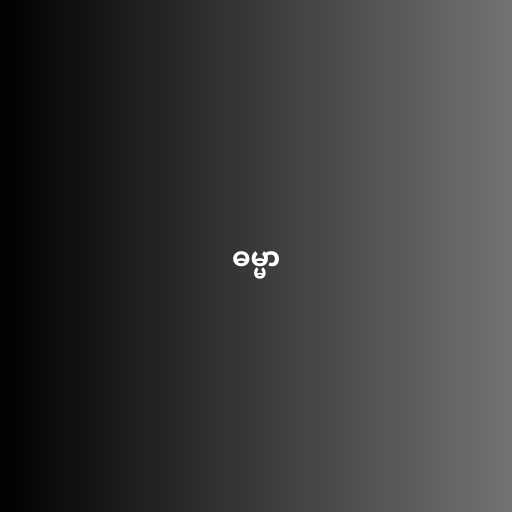
ဓမ္မာ